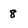
Character: 8